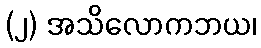
(၂) အသိလောကဘယ၊